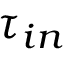
\tau _ { i n }